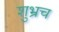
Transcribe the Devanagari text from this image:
शुभ्रच